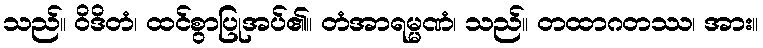
သည်။ ဝိဒိတံ၊ ထင်စွာပြုအပ်၏။ တံအာရမ္မဏံ၊ သည်။ တထာဂတဿ၊ အား။